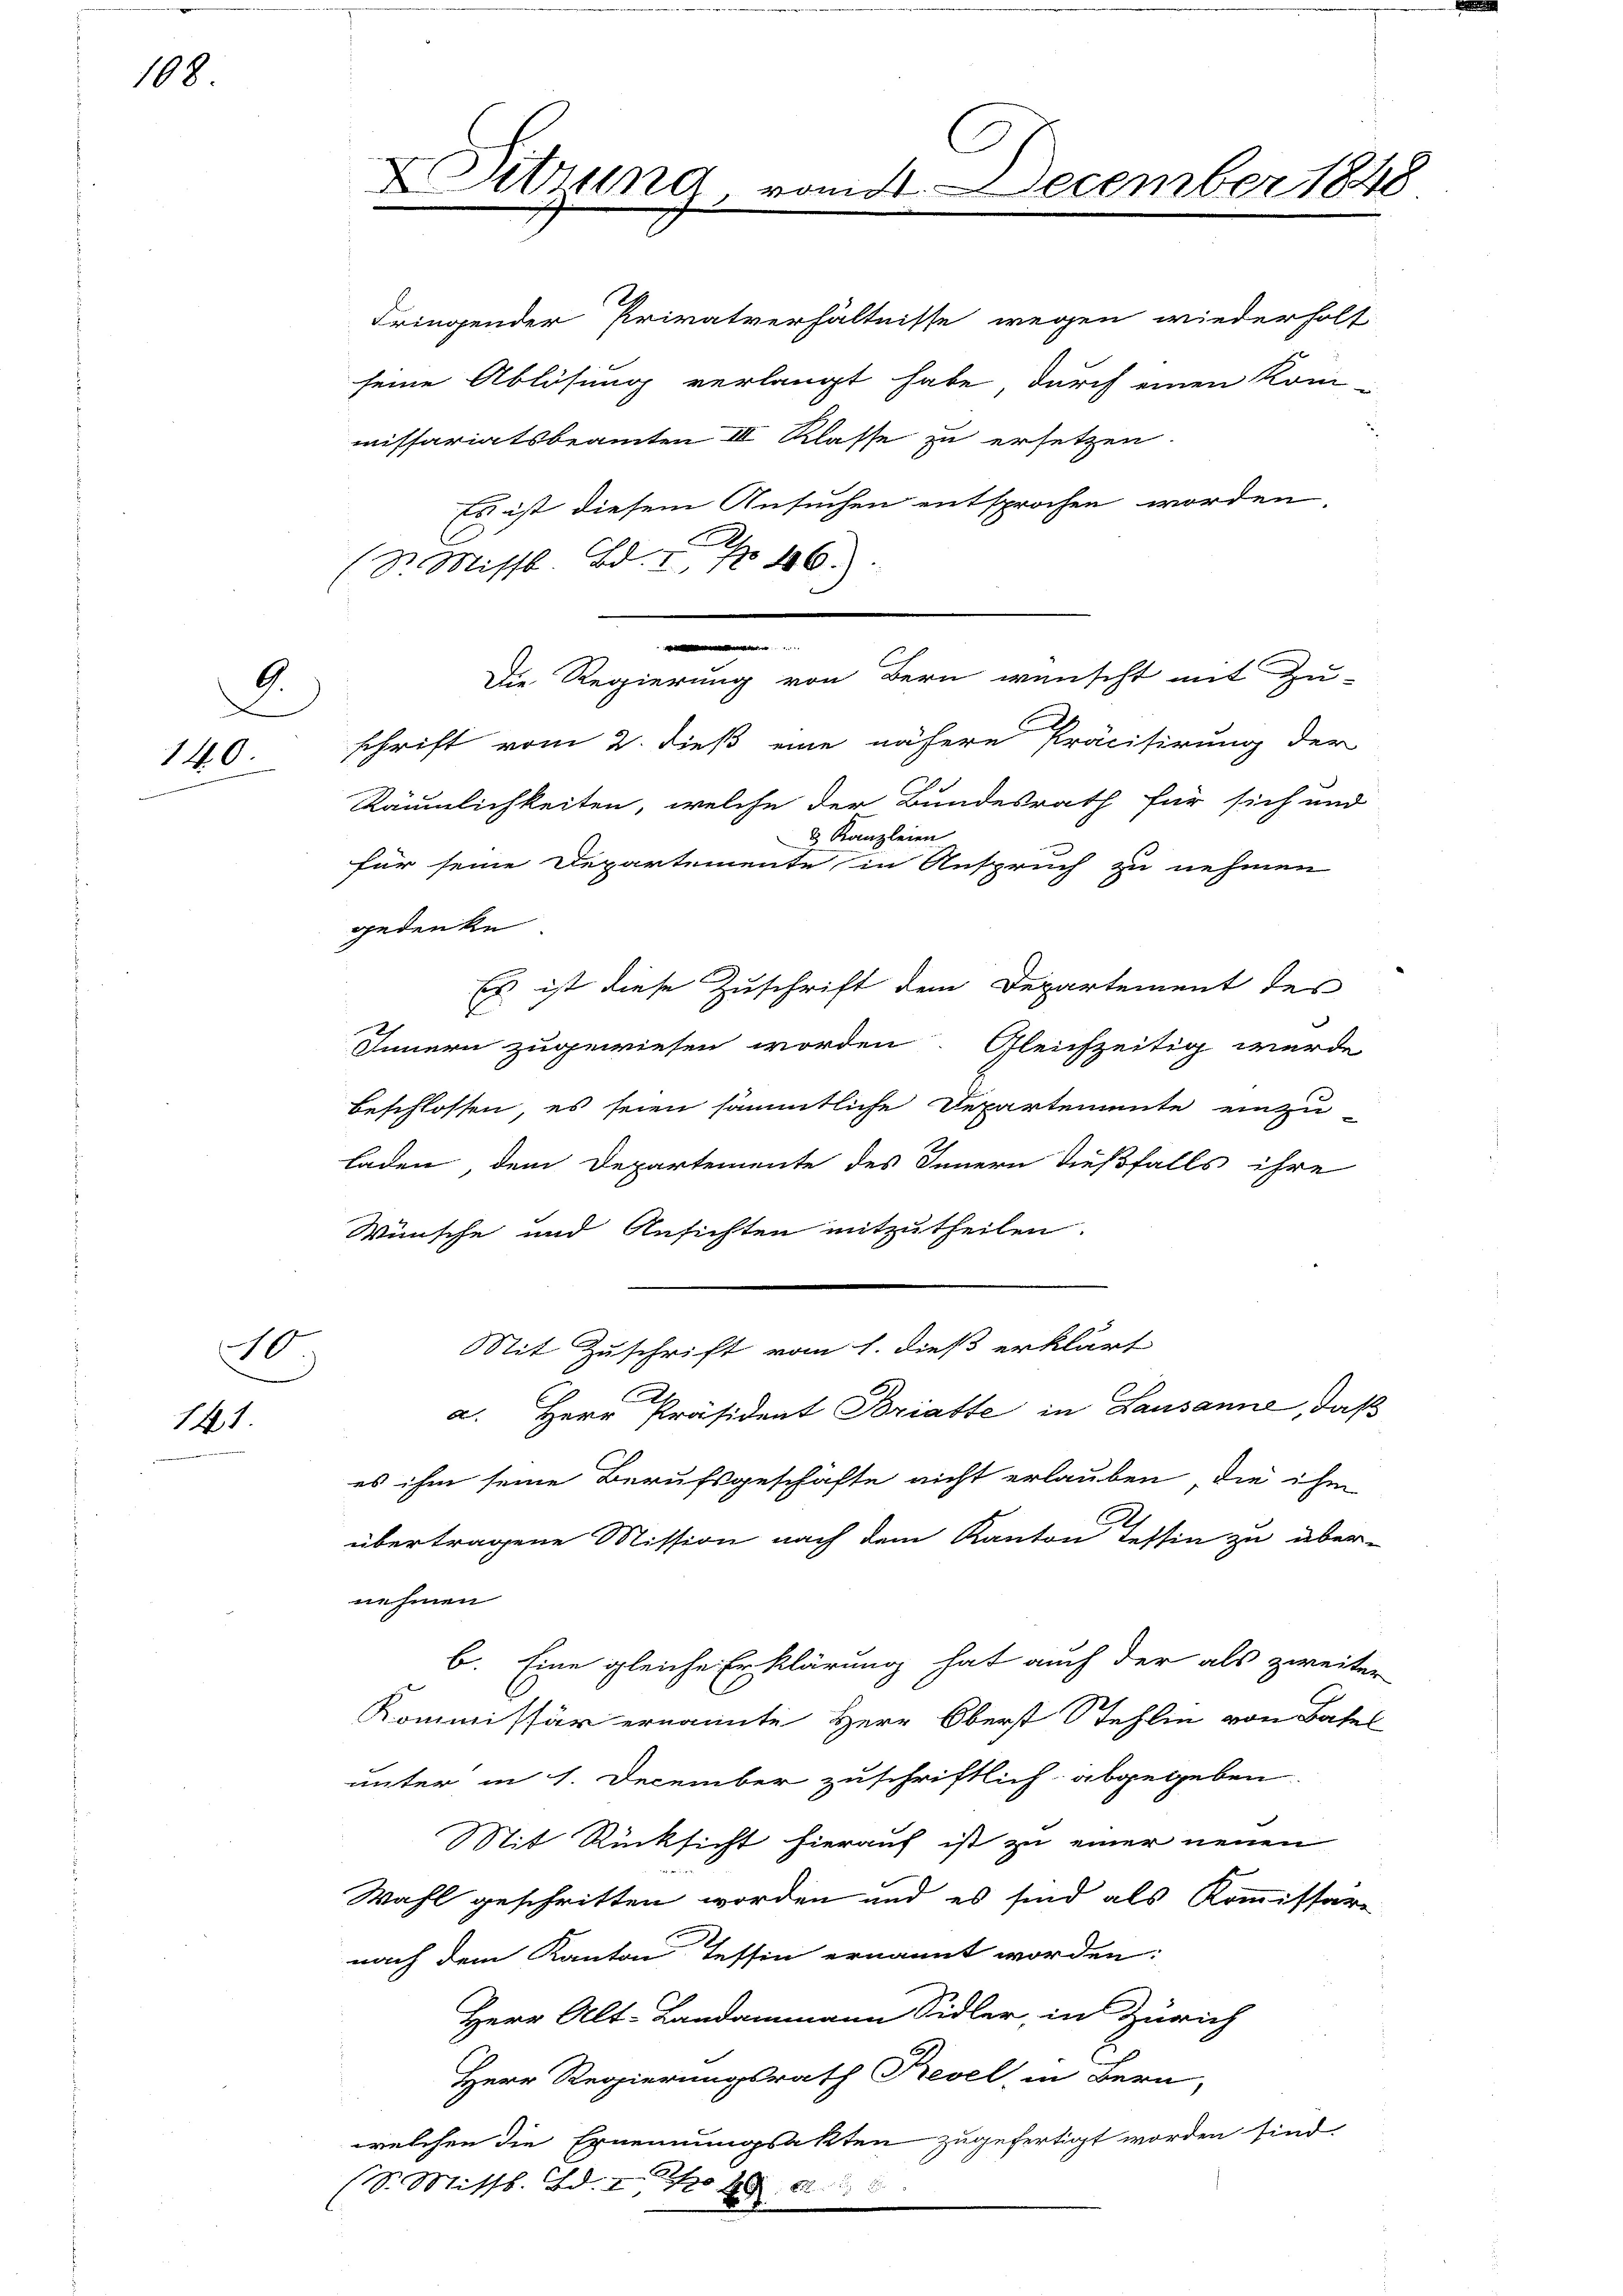
108

6.
140

10.
141

Sitzung vom. December 1848

Fringender Privatverhältnisse wegen wiederholt
seine Ablösung verlangt habe, durch einen Kom-
missariatsbeamten III Klasse zu ersetzen.
Es ist diesem Ansuchen entsprochen worden,
Sr. Missb. Bd. 1. No 46.
schrift vom 2. dieß eine nähere Präcisirung der
Räumlichkeiten, welche der Bundesrath für sich und
3 Kanzleien
für seine Departemente in Anspruch zu nehmen
gedenke
Es ist diese Zuschrift dem Departement des
Innern zugewiesen worden. Gleichzeitig wurde
beschlossen, es seien sämmtliche Departemente einzu-
laden, dem Departemente des Innern dießfalls ihre
Wünsche und Ansichten mitzutheilen.
Mit Zuschrift vom 1. dieß erklärt
a. Herr Präsident Bratte in Lausanne, daß
es ihm seine Berufsgeschäfte nicht erlauben, die ihm
übertragene Mission nach dem Kanton Tessin zu über-
nehmen
b. Eine gleiche Erklärung hat auch der als zweiter
Kommissär ernannte Herr Oberst Stehlin von Basel
unter in 1. December zuschriftlich abgegeben.
Mit Rücksicht hierauf ist zu einer neuen
Wahl geschritten worden und es sind als Kommissare
nach dem Kanton Tessin ernannt worden:
Herr Alt-Landammann Sidler, in Zürich
Herr Regierungsrath Prevel, in Bern,
welchen die Ernennungsakten zugefertigt worden sind.
S. Mittl. Bd. 14. A

.
Die Regierung von Bern wünscht mit Zu-